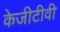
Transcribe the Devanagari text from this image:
केजीटीवी